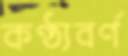
কণ্ঠ্যবর্ণ